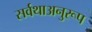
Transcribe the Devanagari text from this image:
सर्वथाअनुरूप